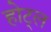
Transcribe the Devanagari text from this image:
होट्ल